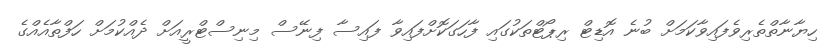
ހިޔާނާތްތެރިވެފައިވާކަމަށް ބުނެ އޮޑިޓް ރިޕޯޓްތަކުގައި ފާހަގަކޮށްފައިވާ ފައިސާ ފިނޭސް މިނިސްޓްރީއަށް ދެއްކުމަށް ހަފްތާއެއްގެ